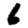
Digit: 6